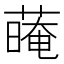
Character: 𦺽